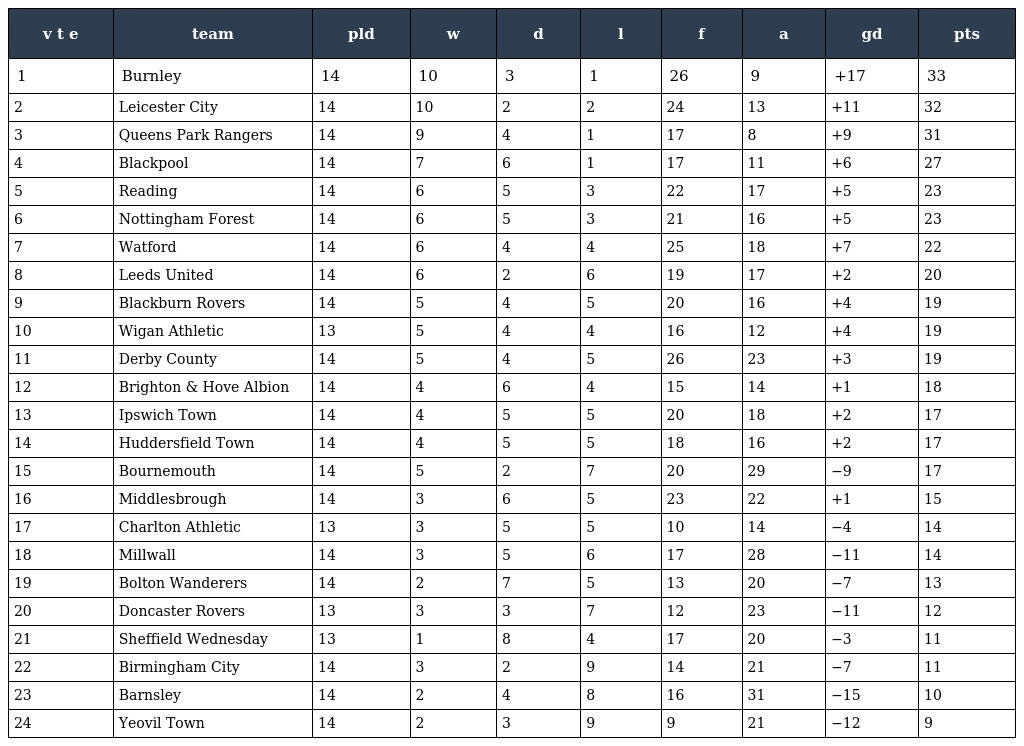
| v t e | team | pld | w | d | l | f | a | gd | pts |
 | --- | --- | --- | --- | --- | --- | --- | --- | --- | --- |
 | 1 | Burnley | 14 | 10 | 3 | 1 | 26 | 9 | +17 | 33 |
 | 2 | Leicester City | 14 | 10 | 2 | 2 | 24 | 13 | +11 | 32 |
 | 3 | Queens Park Rangers | 14 | 9 | 4 | 1 | 17 | 8 | +9 | 31 |
 | 4 | Blackpool | 14 | 7 | 6 | 1 | 17 | 11 | +6 | 27 |
 | 5 | Reading | 14 | 6 | 5 | 3 | 22 | 17 | +5 | 23 |
 | 6 | Nottingham Forest | 14 | 6 | 5 | 3 | 21 | 16 | +5 | 23 |
 | 7 | Watford | 14 | 6 | 4 | 4 | 25 | 18 | +7 | 22 |
 | 8 | Leeds United | 14 | 6 | 2 | 6 | 19 | 17 | +2 | 20 |
 | 9 | Blackburn Rovers | 14 | 5 | 4 | 5 | 20 | 16 | +4 | 19 |
 | 10 | Wigan Athletic | 13 | 5 | 4 | 4 | 16 | 12 | +4 | 19 |
 | 11 | Derby County | 14 | 5 | 4 | 5 | 26 | 23 | +3 | 19 |
 | 12 | Brighton & Hove Albion | 14 | 4 | 6 | 4 | 15 | 14 | +1 | 18 |
 | 13 | Ipswich Town | 14 | 4 | 5 | 5 | 20 | 18 | +2 | 17 |
 | 14 | Huddersfield Town | 14 | 4 | 5 | 5 | 18 | 16 | +2 | 17 |
 | 15 | Bournemouth | 14 | 5 | 2 | 7 | 20 | 29 | −9 | 17 |
 | 16 | Middlesbrough | 14 | 3 | 6 | 5 | 23 | 22 | +1 | 15 |
 | 17 | Charlton Athletic | 13 | 3 | 5 | 5 | 10 | 14 | −4 | 14 |
 | 18 | Millwall | 14 | 3 | 5 | 6 | 17 | 28 | −11 | 14 |
 | 19 | Bolton Wanderers | 14 | 2 | 7 | 5 | 13 | 20 | −7 | 13 |
 | 20 | Doncaster Rovers | 13 | 3 | 3 | 7 | 12 | 23 | −11 | 12 |
 | 21 | Sheffield Wednesday | 13 | 1 | 8 | 4 | 17 | 20 | −3 | 11 |
 | 22 | Birmingham City | 14 | 3 | 2 | 9 | 14 | 21 | −7 | 11 |
 | 23 | Barnsley | 14 | 2 | 4 | 8 | 16 | 31 | −15 | 10 |
 | 24 | Yeovil Town | 14 | 2 | 3 | 9 | 9 | 21 | −12 | 9 |